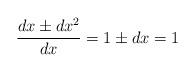
LaTeX: \begin{align*}\frac{dx\pm dx^2}{dx}=1\pm dx=1\end{align*}